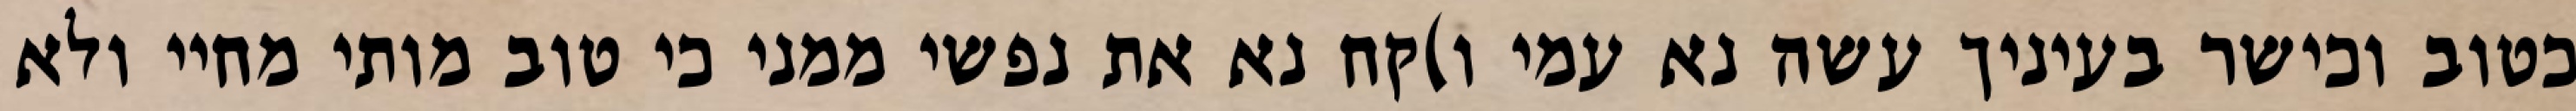
כטוב וכישר בעיניך עשה נא עמי ו)קח נא את נפשי ממני כי טוב מותי מחיי ולא